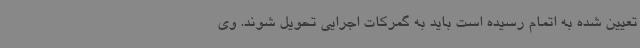
تعیین شده به اتمام رسیده است باید به گمرکات اجرایی تحویل شوند. وی